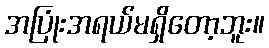
အပြုံးအရယ်မရှိတော့ဘူး။